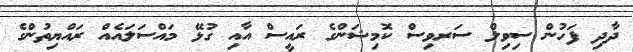
ދާދި ފަހުން ސިވިލް ސަރވިސް ކޮމިޝަންގެ ރައީސް އާއި ގުޅޭ މައްސަލައެއް ރައްޔިތުންގެ